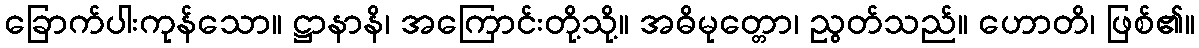
ခြောက်ပါးကုန်သော။ ဋ္ဌာနာနိ၊ အကြောင်းတို့သို့။ အဓိမုတ္တော၊ ညွတ်သည်။ ဟောတိ၊ ဖြစ်၏။